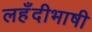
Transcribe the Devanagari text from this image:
लहँदीभाषी